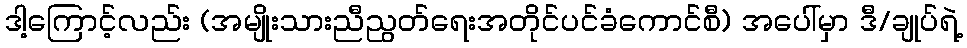
ဒါ့ကြောင့်လည်း (အမျိုးသားညီညွတ်ရေးအတိုင်ပင်ခံကောင်စီ) အပေါ်မှာ ဒီ/ချုပ်ရဲ့